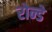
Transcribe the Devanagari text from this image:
रोन्डे